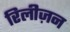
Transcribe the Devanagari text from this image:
रिलीज़न